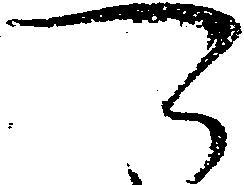
可